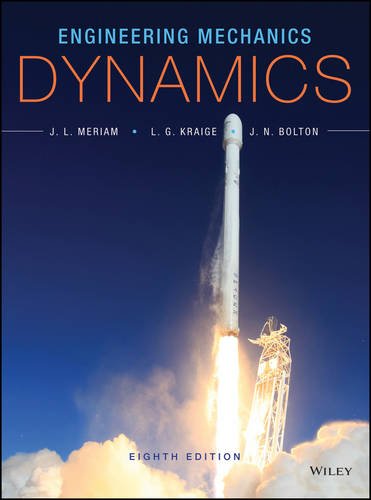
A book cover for Engineering Mechanics: Dynamics; J. L. Meriam; Engineering & Transportation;